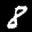
Label: 8